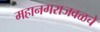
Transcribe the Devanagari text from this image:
महानगराजवळचे